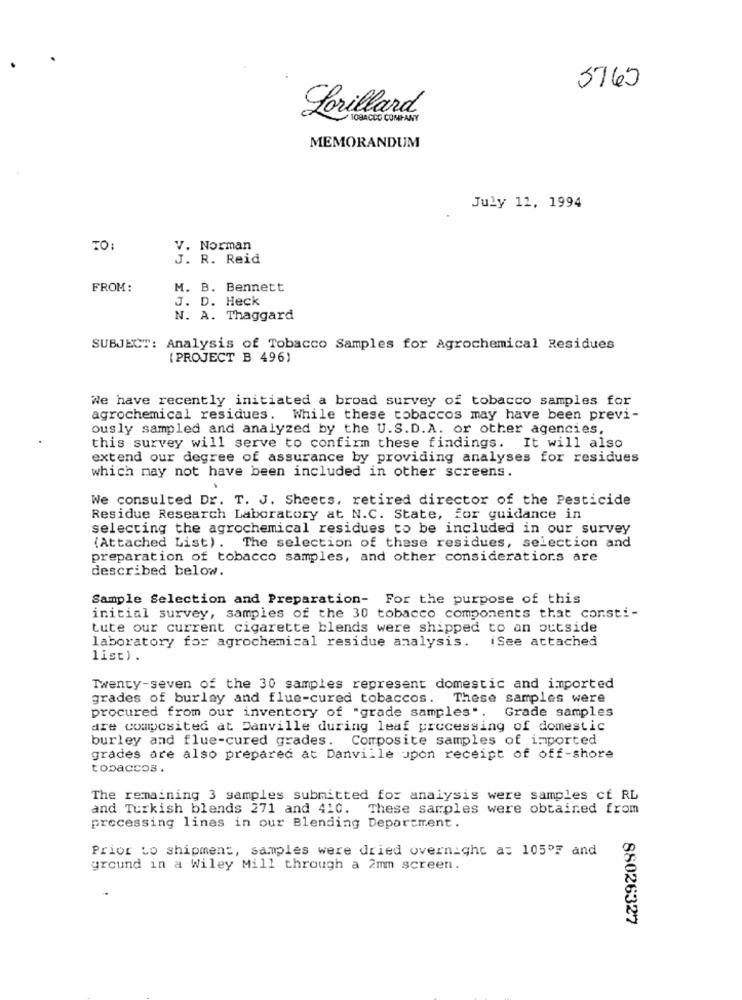
5763
Lorillard
TOBACCO COMPAN
MEMORANDUM
July 12, 1994
TO:
V. Norman
J. R. Reid
FROM:
M. B. Bennett
J. D. Heck
N. A. Thaggard
SUBJECT: Analysis of Tobacco Samples for Agrochemical Residues
(PROJECT B 496)
We have recently initiated a broad survey of tobacco samples for
agrochemical residues. While these tobaccos may have been previ-
ously sampled and analyzed by the U.S.D.A. or other agencies,
this survey will serve to confirm these findings. It will also
extend our degree of assurance by providing analyses for residues
which may not have been included in other screens.
We consulted Dr. T. J. Sheets, retired director of the Pesticide
Residue Research Laboratory at N.C. State, for guidance in
selecting the agrochemical residues to be included in our survey
(Attached List). The selection of these residues, selection and
preparation of tobacco samples, and other considerations are
described below.
Sample Selection and Preparation- For the purpose of this
initial survey, samples of the 30 tobacco components that corsti-
tute our current cigarette blends were shipped to an outside
laboratory for agrochemical residue analysis.
(See attached
list).
Twenty-seven of the 30 samples represent domestic and imported
grades of burley and flue-cured tobaccos. These samples were
procured from our inventory of "grade samples". Grade samples
are composited at Danville during leaf processing of domestic
burley and flue-cured grades. Composite samples of imported
grades are also prepared at Danville upon receipt of off-shore
tobaccos .
The remaining 3 samples submitted for analysis were samples cf RL
and Turkish blends 271 and 410. These samples were obtained from
processing lines in our Blending Department.
Prior to shipment, samples were dried overnight a: 105ºF and
ground in a Wiley Mill through a 2mm screen.
88026327